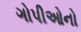
ગોપીઓનો